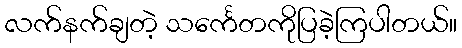
လက်နက်ချတဲ့ သင်္ကေတကိုပြခဲ့ကြပါတယ်။